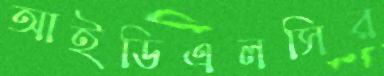
আইডিএলসির